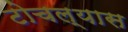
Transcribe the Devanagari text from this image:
टोचल्यास